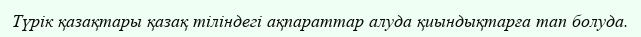
Түрік қазақтары қазақ тіліндегі ақпараттар алуда қиындықтарға тап болуда.